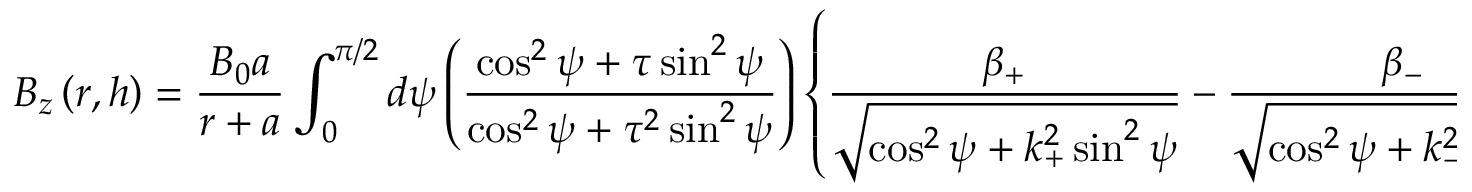
B _ { z } \left( r , h \right) = \frac { B _ { 0 } a } { r + a } \int _ { 0 } ^ { \pi / 2 } d \psi \left( \frac { \cos ^ { 2 } \psi + \tau \sin ^ { 2 } \psi } { \cos ^ { 2 } \psi + \tau ^ { 2 } \sin ^ { 2 } \psi } \right) \left\{ \frac { \beta _ { + } } { \sqrt { \cos ^ { 2 } \psi + k _ { + } ^ { 2 } \sin ^ { 2 } \psi } } - \frac { \beta _ { - } } { \sqrt { \cos ^ { 2 } \psi + k _ { - } ^ { 2 } \sin ^ { 2 } \psi } } \right\}